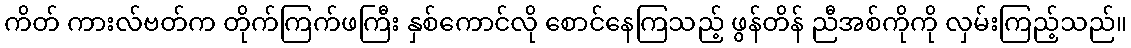
ကိတ် ကားလ်ဗတ်က တိုက်ကြက်ဖကြီး နှစ်ကောင်လို စောင်နေကြသည့် ဖွန်တိန် ညီအစ်ကိုကို လှမ်းကြည့်သည်။